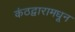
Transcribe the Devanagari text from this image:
कंठद्वारामधून